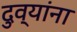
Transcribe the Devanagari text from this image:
दुव्यांना